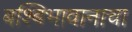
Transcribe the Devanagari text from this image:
बश्बिभावानाचा